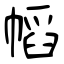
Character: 幍